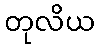
တုလိယ